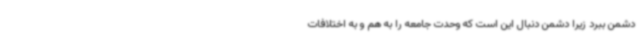
دشمن ببرد زیرا دشمن دنبال این است که وحدت جامعه را به هم و به اختلافات